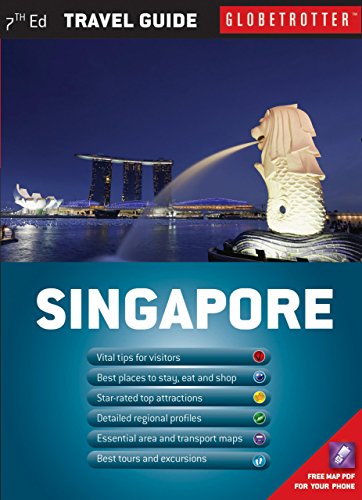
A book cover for Singapore Travel Pack (Globetrotter Travel Packs); Helen Oon; Travel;